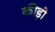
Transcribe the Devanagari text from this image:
कीड़ोे